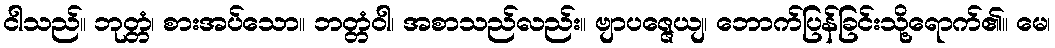
ငါသည်။ ဘုတ္တံ၊ စားအပ်သော။ ဘတ္တံဝါ၊ အစာသည်လည်း။ ဗျာပဇ္ဇေယျ၊ ဘောက်ပြန်ခြင်းသို့ရောက်၏။ မေ၊